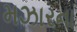
મઝારના